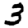
Digit: 3